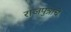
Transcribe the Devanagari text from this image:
राजपुत्राचे